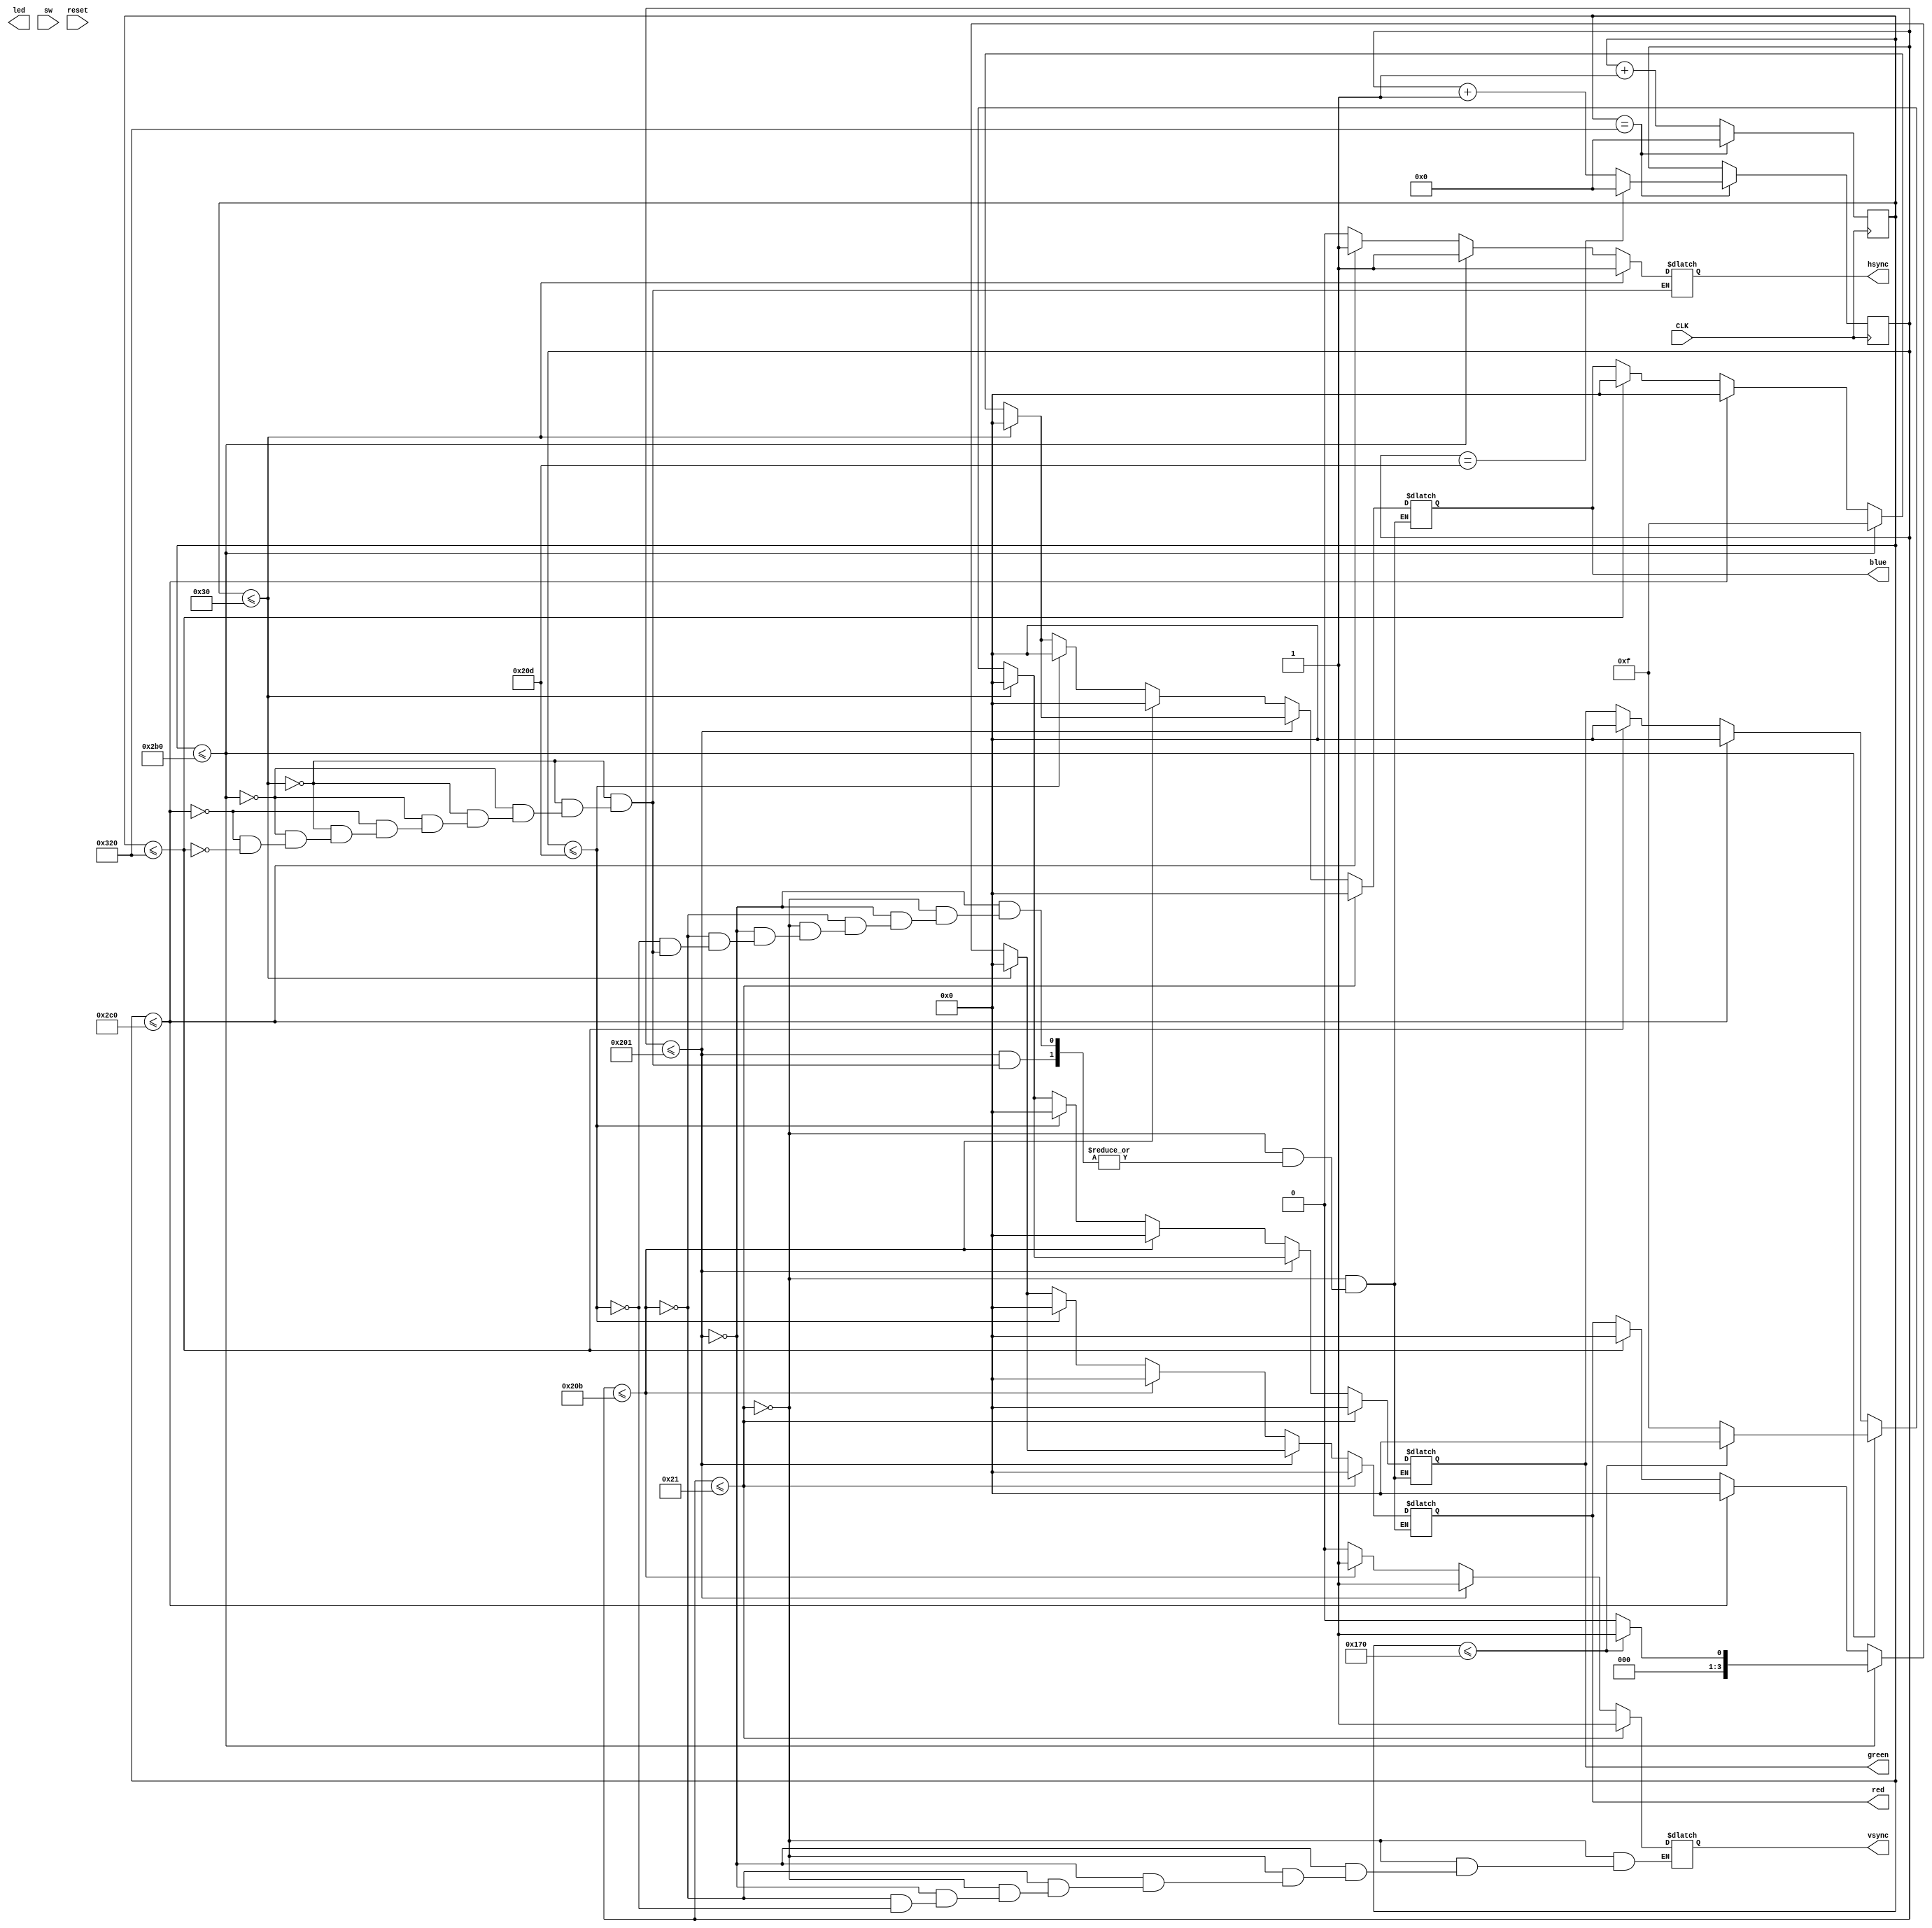
module VGA(red, green, blue, hsync, vsync, led, sw, reset, CLK);

	input [0:3] sw;
	input reset, CLK;
	
	output reg [0:3] red;
	output reg [0:3] green;
	output reg [0:3] blue;
	output reg hsync, vsync, led;
	
	reg [9:0] hsyncCounter, hNext;
	reg [9:0] vsyncCounter, vNext;
	
	// Next state logic
	always @ (*) begin
		if(hsyncCounter == 10'd800) begin
			hNext = 10'd0;
			if(vsyncCounter == 10'd525) begin
				vNext = 10'd0;
			end
			else begin
				vNext = vsyncCounter + 1;
			end
		end
		else begin
			hNext = hsyncCounter + 1;
			vNext = vsyncCounter;
		end
	end
	
	
	// Clock
	always @ (posedge CLK) begin
	   hsyncCounter = hNext;
		vsyncCounter = vNext;
	end
	
	// Output logic
	always @ (*) begin
		if(hsyncCounter <= 48) begin
			// Back porch
			hsync = 1;
			red = 4'd0;
			green = 4'd0;
			blue = 4'd0;
		end
		else if(hsyncCounter <= 688) begin
			// Active data
			hsync = 1;
			if(hsyncCounter <= 368) begin
				red = 4'd1;
				green = 4'd0;
				blue = 4'd15;
			end
			else begin
				red = 4'd0;
				green = 4'd15;
				blue = 4'd15;
			end
		end
		else if(hsyncCounter <= 704) begin
			// Front porch
			hsync = 1;
			red = 4'd0;
			green = 4'd0;
			blue = 4'd0;
		end
		else if(hsyncCounter <= 800) begin
			// Sync pulse
			hsync = 0;
			red = 4'd0;
			green = 4'd0;
			blue = 4'd0;
		end
		
		
		
		if(vsyncCounter <= 33) begin
			// Back porch
			vsync = 1;
			red = 4'd0;
			green = 4'd0;
			blue = 4'd0;
		end
		else if(vsyncCounter <= 513) begin
			// Active data
			vsync = 1;
		end
		else if(vsyncCounter <= 523) begin
			// Front porch
			vsync = 1;
			red = 4'd0;
			green = 4'd0;
			blue = 4'd0;
		end
		else if(vsyncCounter <= 525) begin
			// Sync pulse
			vsync = 0;
			red = 4'd0;
			green = 4'd0;
			blue = 4'd0;
		end

	end
	
	
endmodule